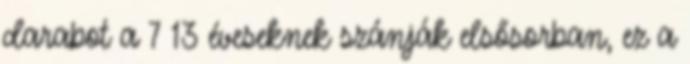
darabot a 7 13 éveseknek szánják elsősorban, ez a